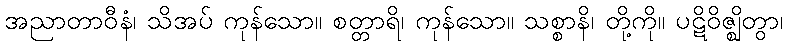
အညာတာဝီနံ၊ သိအပ် ကုန်သော။ စတ္တာရိ၊ ကုန်သော။ သစ္စာနိ၊ တို့ကို။ ပဋိဝိဇ္ဈိတွာ၊